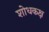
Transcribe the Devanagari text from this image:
शोधकक्ष